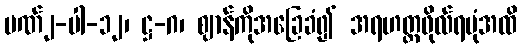
ပဏ်၂-ပါ-၁၂၊ ဋ္ဌ-ဂ၊ ဈာန်ကိုအခြေခံ၍ အရဟတ္တဖိုလ်ရပုံအထိ